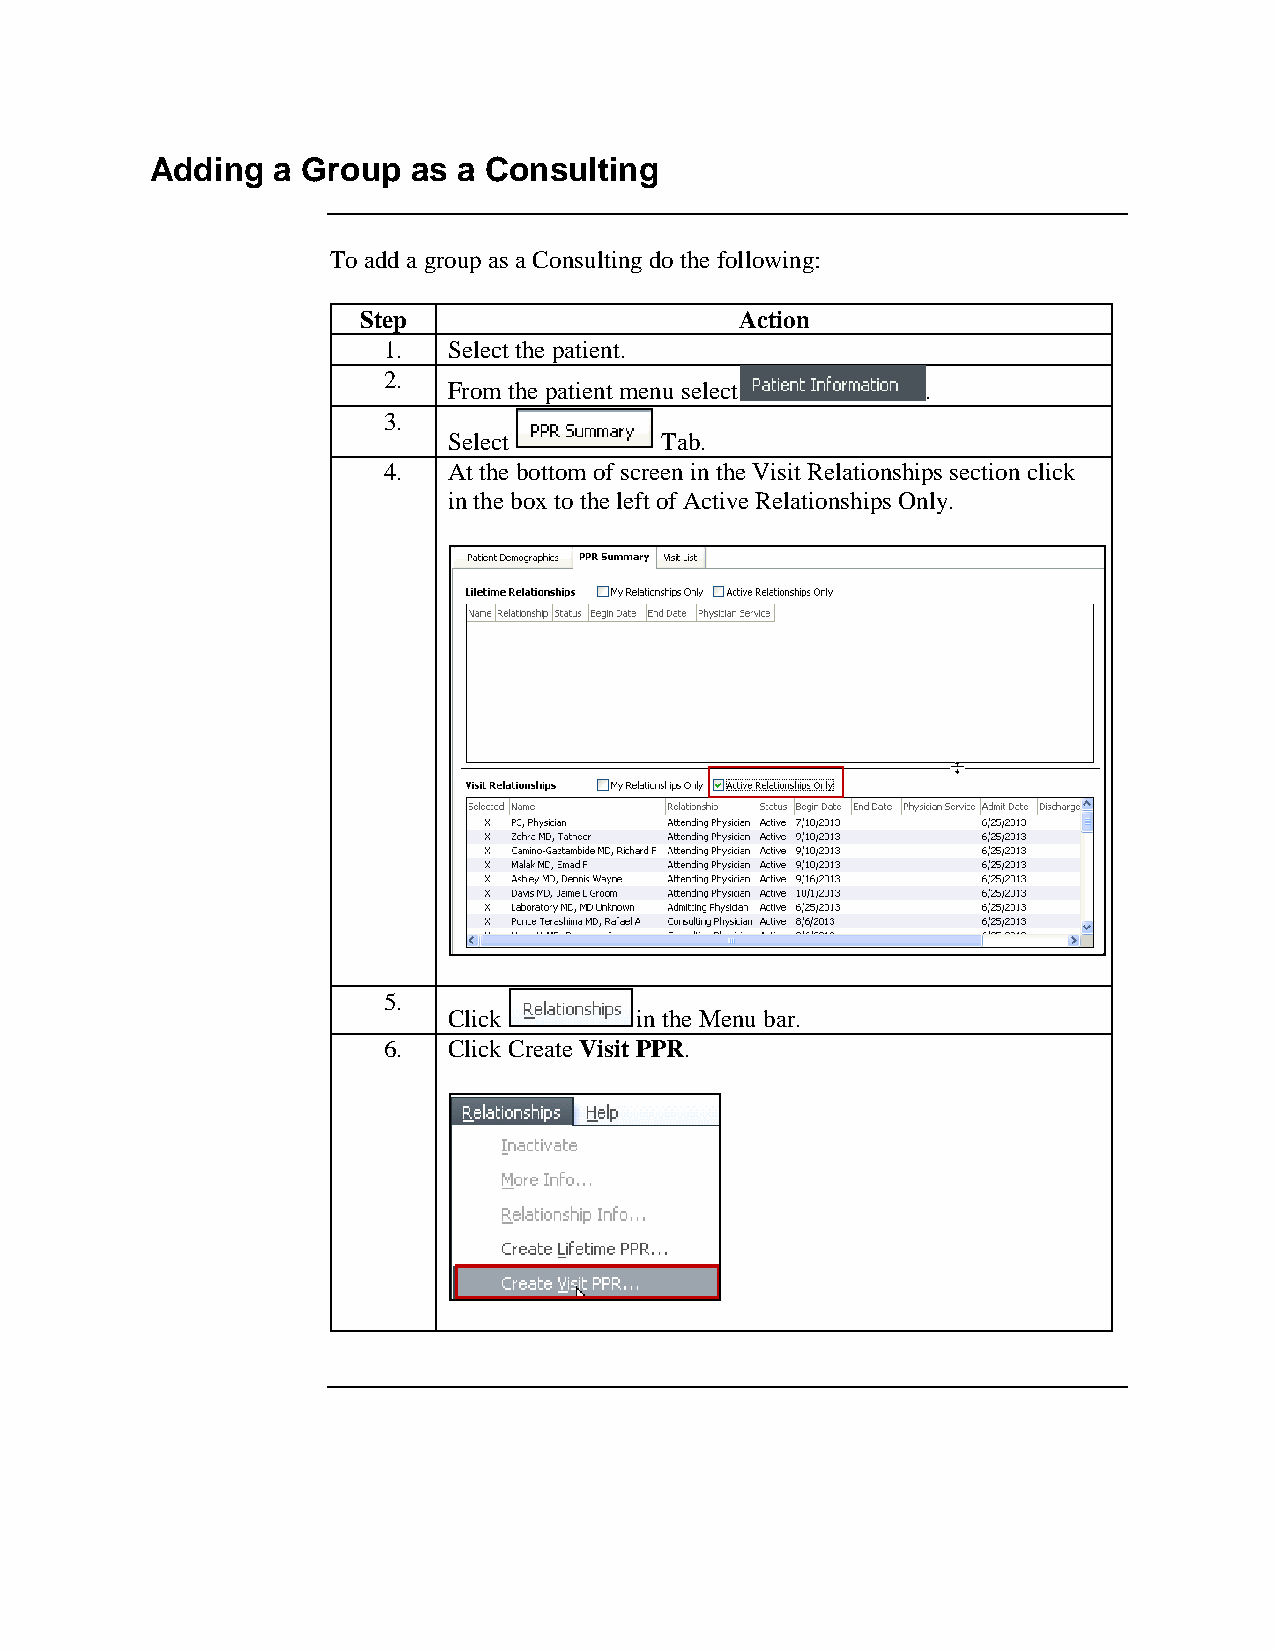
Adding  a Group  as a Consulting
 To add a group as a Consulting do the following:
 Step                     Action
 1.   Select the patient.
 2.
 From the patient menu select   .
 3.
 Select        Tab.
 4.   At the bottom of screen in the Visit Relationships section click
 in the box to the left of Active Relationships Only.
 5.
 Click       in the Menu bar.
 6.   Click Create Visit PPR.